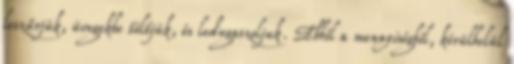
leszűrjük, üvegekbe töltjük, és ledugaszoljuk. Ebből a mennyiségből, körülbelül